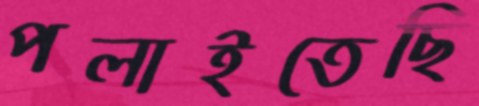
পলাইতেছি